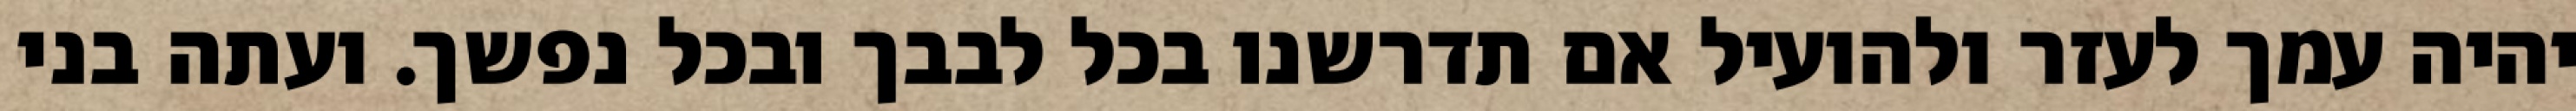
יהיה עמך לעזר ולהועיל אם תדרשנו בכל לבבך ובכל נפשך. ועתה בני